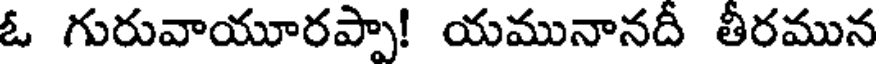
ఓ గురువాయూరప్పా! యమునానదీ తీరమున